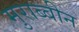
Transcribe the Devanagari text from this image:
मुराब्बीन